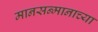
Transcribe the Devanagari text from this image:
मानसन्मानाच्या